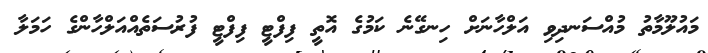
މައުލޫމާތު މުއްސަނދިވި އަލްހާނަށް ހިނގޭނެ ކަމުގެ އޮތީ ފިފްޓީ ފިފްޓީ ފުރުސަތެއްއަލްހާންގެ ހަމަލާ